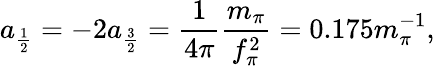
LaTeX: a_{\frac{1}{2}}=-2a_{\frac{3}{2}}=\frac{1}{4\pi}\frac{m_{\pi}}{f_{\pi}^{2}}=0.175m_{\pi}^{-1},